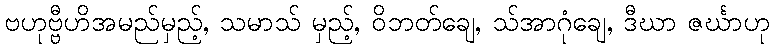
ဗဟုဗ္ဗီဟိအမည်မှည့်, သမာသ် မှည့်, ဝိဘတ်ချေ, သ်အာဂုံချေ, ဒီဃာ ဇင်္ဃာဟု